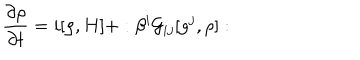
LaTeX: \frac { \partial \rho } { \partial t } = i [ \rho , H ] + : \beta ^ { i } { \cal G } _ { i j } [ g ^ { j } , \rho ] :